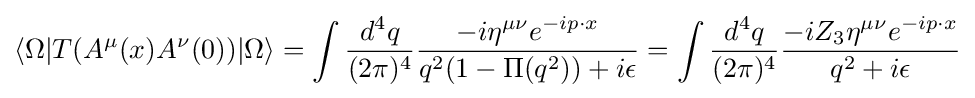
\langle \Omega |T(A^{\mu }(x)A^{\nu }(0))|\Omega \rangle =\int {\frac {d^{4}q}{(2\pi )^{4}}}{\frac {-i\eta ^{\mu \nu }e^{-ip\cdot x}}{q^{2}(1-\Pi (q^{2}))+i\epsilon }}=\int {\frac {d^{4}q}{(2\pi )^{4}}}{\frac {-iZ_{3}\eta ^{\mu \nu }e^{-ip\cdot x}}{q^{2}+i\epsilon }}